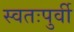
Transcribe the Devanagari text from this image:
स्वतःपुर्वी